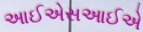
આઈએસઆઈએ